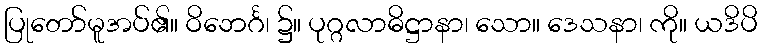
ပြုတော်မူအပ်၏။ ဝိဘေင်္ဂ၊ ၌။ ပုဂ္ဂလာဓိဋ္ဌာနာ၊ သော။ ဒေသနာ၊ ကို။ ယဒိပိ